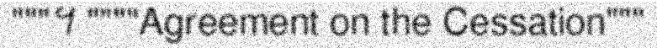
"""។ """"Agreement on the Cessation"""